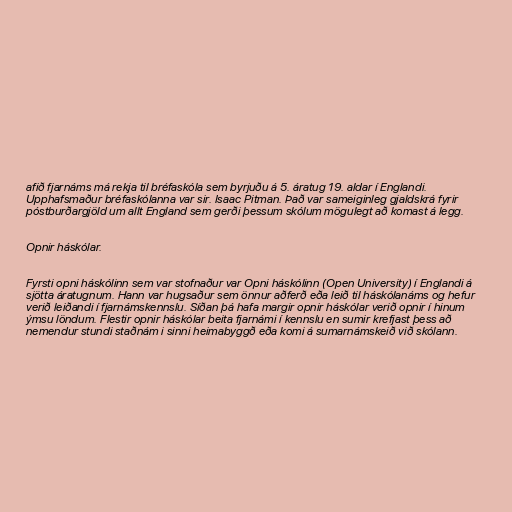
afið fjarnáms má rekja til bréfaskóla sem byrjuðu á 5. áratug 19. aldar í Englandi.
Upphafsmaður bréfaskólanna var sir. Isaac Pitman. Það var sameiginleg gjaldskrá fyrir
póstburðargjöld um allt England sem gerði þessum skólum mögulegt að komast á legg.

Opnir háskólar.

Fyrsti opni háskólinn sem var stofnaður var Opni háskólinn (Open University) í Englandi á
sjötta áratugnum. Hann var hugsaður sem önnur aðferð eða leið til háskólanáms og hefur
verið leiðandi í fjarnámskennslu. Síðan þá hafa margir opnir háskólar verið opnir í hinum
ýmsu löndum. Flestir opnir háskólar beita fjarnámi í kennslu en sumir krefjast þess að
nemendur stundi staðnám i sinni heimabyggð eða komi á sumarnámskeið við skólann.